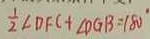
\frac { 1 } { 2 } \angle D F C + \angle D G B = 1 8 0 ^ { \circ }